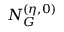
N _ { G } ^ { ( \eta , 0 ) }